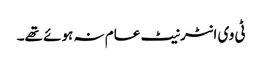
ٹی وی انٹرنیٹ عام نہ ہوئے تھے۔